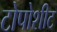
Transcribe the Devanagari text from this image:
टोपोशीट